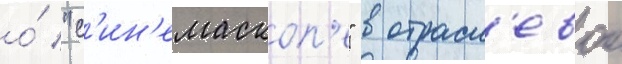
о́ "с'ин'емаскоп'е" в отрасл'евои